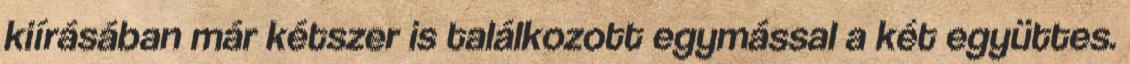
kiírásában már kétszer is találkozott egymással a két együttes.